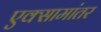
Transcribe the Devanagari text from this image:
एक्सामांतर